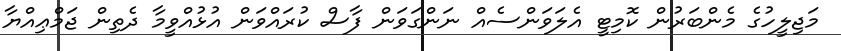
މަޖިލީހުގެ މެންބަރުން ކޮމިޓީ އެލަވަންސެއް ނަންގަވަން ފާސް ކުރައްވަން އުޅުއްވީމާ ދެތިން ޖަމްޢިއްޔާ